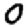
Digit: 0